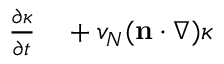
\begin{array} { r l } { \frac { \partial \kappa } { \partial t } } & { { } + v _ { N } ( \mathbf n \cdot \nabla ) \kappa } \end{array}